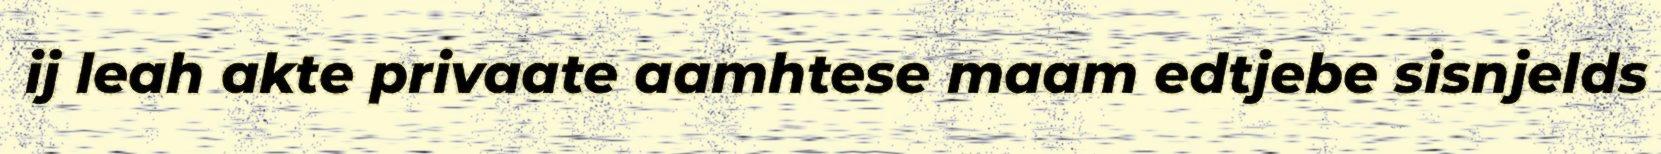
ij leah akte privaate aamhtese maam edtjebe sisnjelds